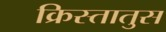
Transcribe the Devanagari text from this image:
क्रिस्‍तातुस